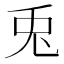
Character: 兎